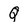
Character: Q